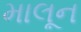
માલૂન